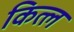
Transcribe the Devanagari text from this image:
कित्ल